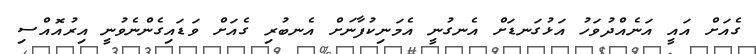
ގެއަށް އައީ އަނެއްދުވަހު އަޅުގަނޑަށް އެނގުނީ އެމަނިކުފާނަށް އެނބުރި ގެއަށް ވަޑައިގެންނެވުނީ އިރުއޮއްސި